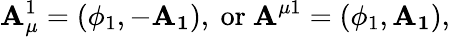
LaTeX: \mathbf{A}_{\mu}^{1}=(\phi_{1},-\mathbf{{\mathbf{A}_{1}}}),~\mathrm{{or}}~\mathbf{A}^{\mu1}=(\phi_{1},\mathbf{{\mathbf{A}_{1}}}),